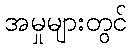
အမှုများတွင်